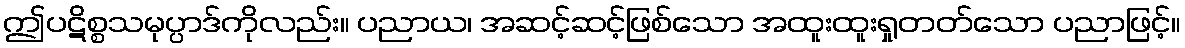
ဤပဋိစ္စသမုပ္ပာဒ်ကိုလည်း။ ပညာယ၊ အဆင့်ဆင့်ဖြစ်သော အထူးထူးရှုတတ်သော ပညာဖြင့်။